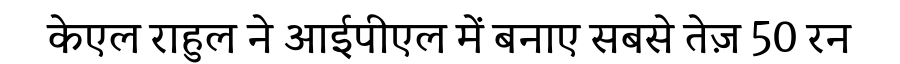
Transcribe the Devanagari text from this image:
केएल राहुल ने आईपीएल में बनाए सबसे तेज़ 50 रन